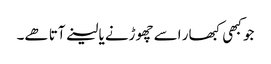
جو کبھی کبھار اسے چھوڑنے یا لینے آتا ھے۔